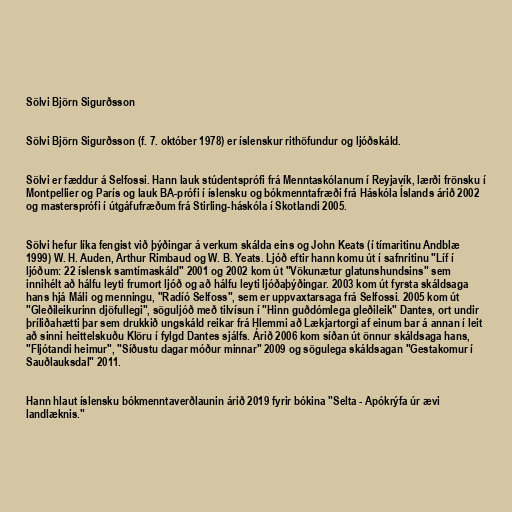
Sölvi Björn Sigurðsson

Sölvi Björn Sigurðsson (f. 7. október 1978) er íslenskur rithöfundur og ljóðskáld.

Sölvi er fæddur á Selfossi. Hann lauk stúdentsprófi frá Menntaskólanum í Reyjavík, lærði frönsku í
Montpellier og París og lauk BA-prófi í íslensku og bókmenntafræði frá Háskóla Íslands árið 2002
og mastersprófi í útgáfufræðum frá Stirling-háskóla í Skotlandi 2005.

Sölvi hefur líka fengist við þýðingar á verkum skálda eins og John Keats (í tímaritinu Andblæ
1999) W. H. Auden, Arthur Rimbaud og W. B. Yeats. Ljóð eftir hann komu út í safnritinu "Líf í
ljóðum: 22 íslensk samtímaskáld" 2001 og 2002 kom út "Vökunætur glatunshundsins" sem
innihélt að hálfu leyti frumort ljóð og að hálfu leyti ljóðaþýðingar. 2003 kom út fyrsta skáldsaga
hans hjá Máli og menningu, "Radíó Selfoss", sem er uppvaxtarsaga frá Selfossi. 2005 kom út
"Gleðileikurinn djöfullegi", söguljóð með tilvísun í "Hinn guðdómlega gleðileik" Dantes, ort undir
þríliðahætti þar sem drukkið ungskáld reikar frá Hlemmi að Lækjartorgi af einum bar á annan í leit
að sinni heittelskuðu Klöru í fylgd Dantes sjálfs. Árið 2006 kom síðan út önnur skáldsaga hans,
"Fljótandi heimur", "Síðustu dagar móður minnar" 2009 og sögulega skáldsagan "Gestakomur í
Sauðlauksdal" 2011.

Hann hlaut íslensku bókmenntaverðlaunin árið 2019 fyrir bókina "Selta - Apókrýfa úr ævi
landlæknis."